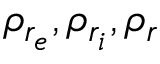
\rho _ { r _ { e } } , \rho _ { r _ { i } } , \rho _ { r }